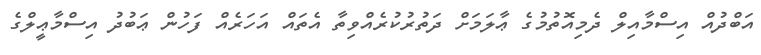
އަބްދުއް އިސްމާއިލް ދެމިއޮތުމުގެ ޢާލަމަށް ދަތުރުކުރެއްވިތާ އެތައް އަހަރެއް ފަހުން ޢަބުދު އިސްމާޢީލްގެ